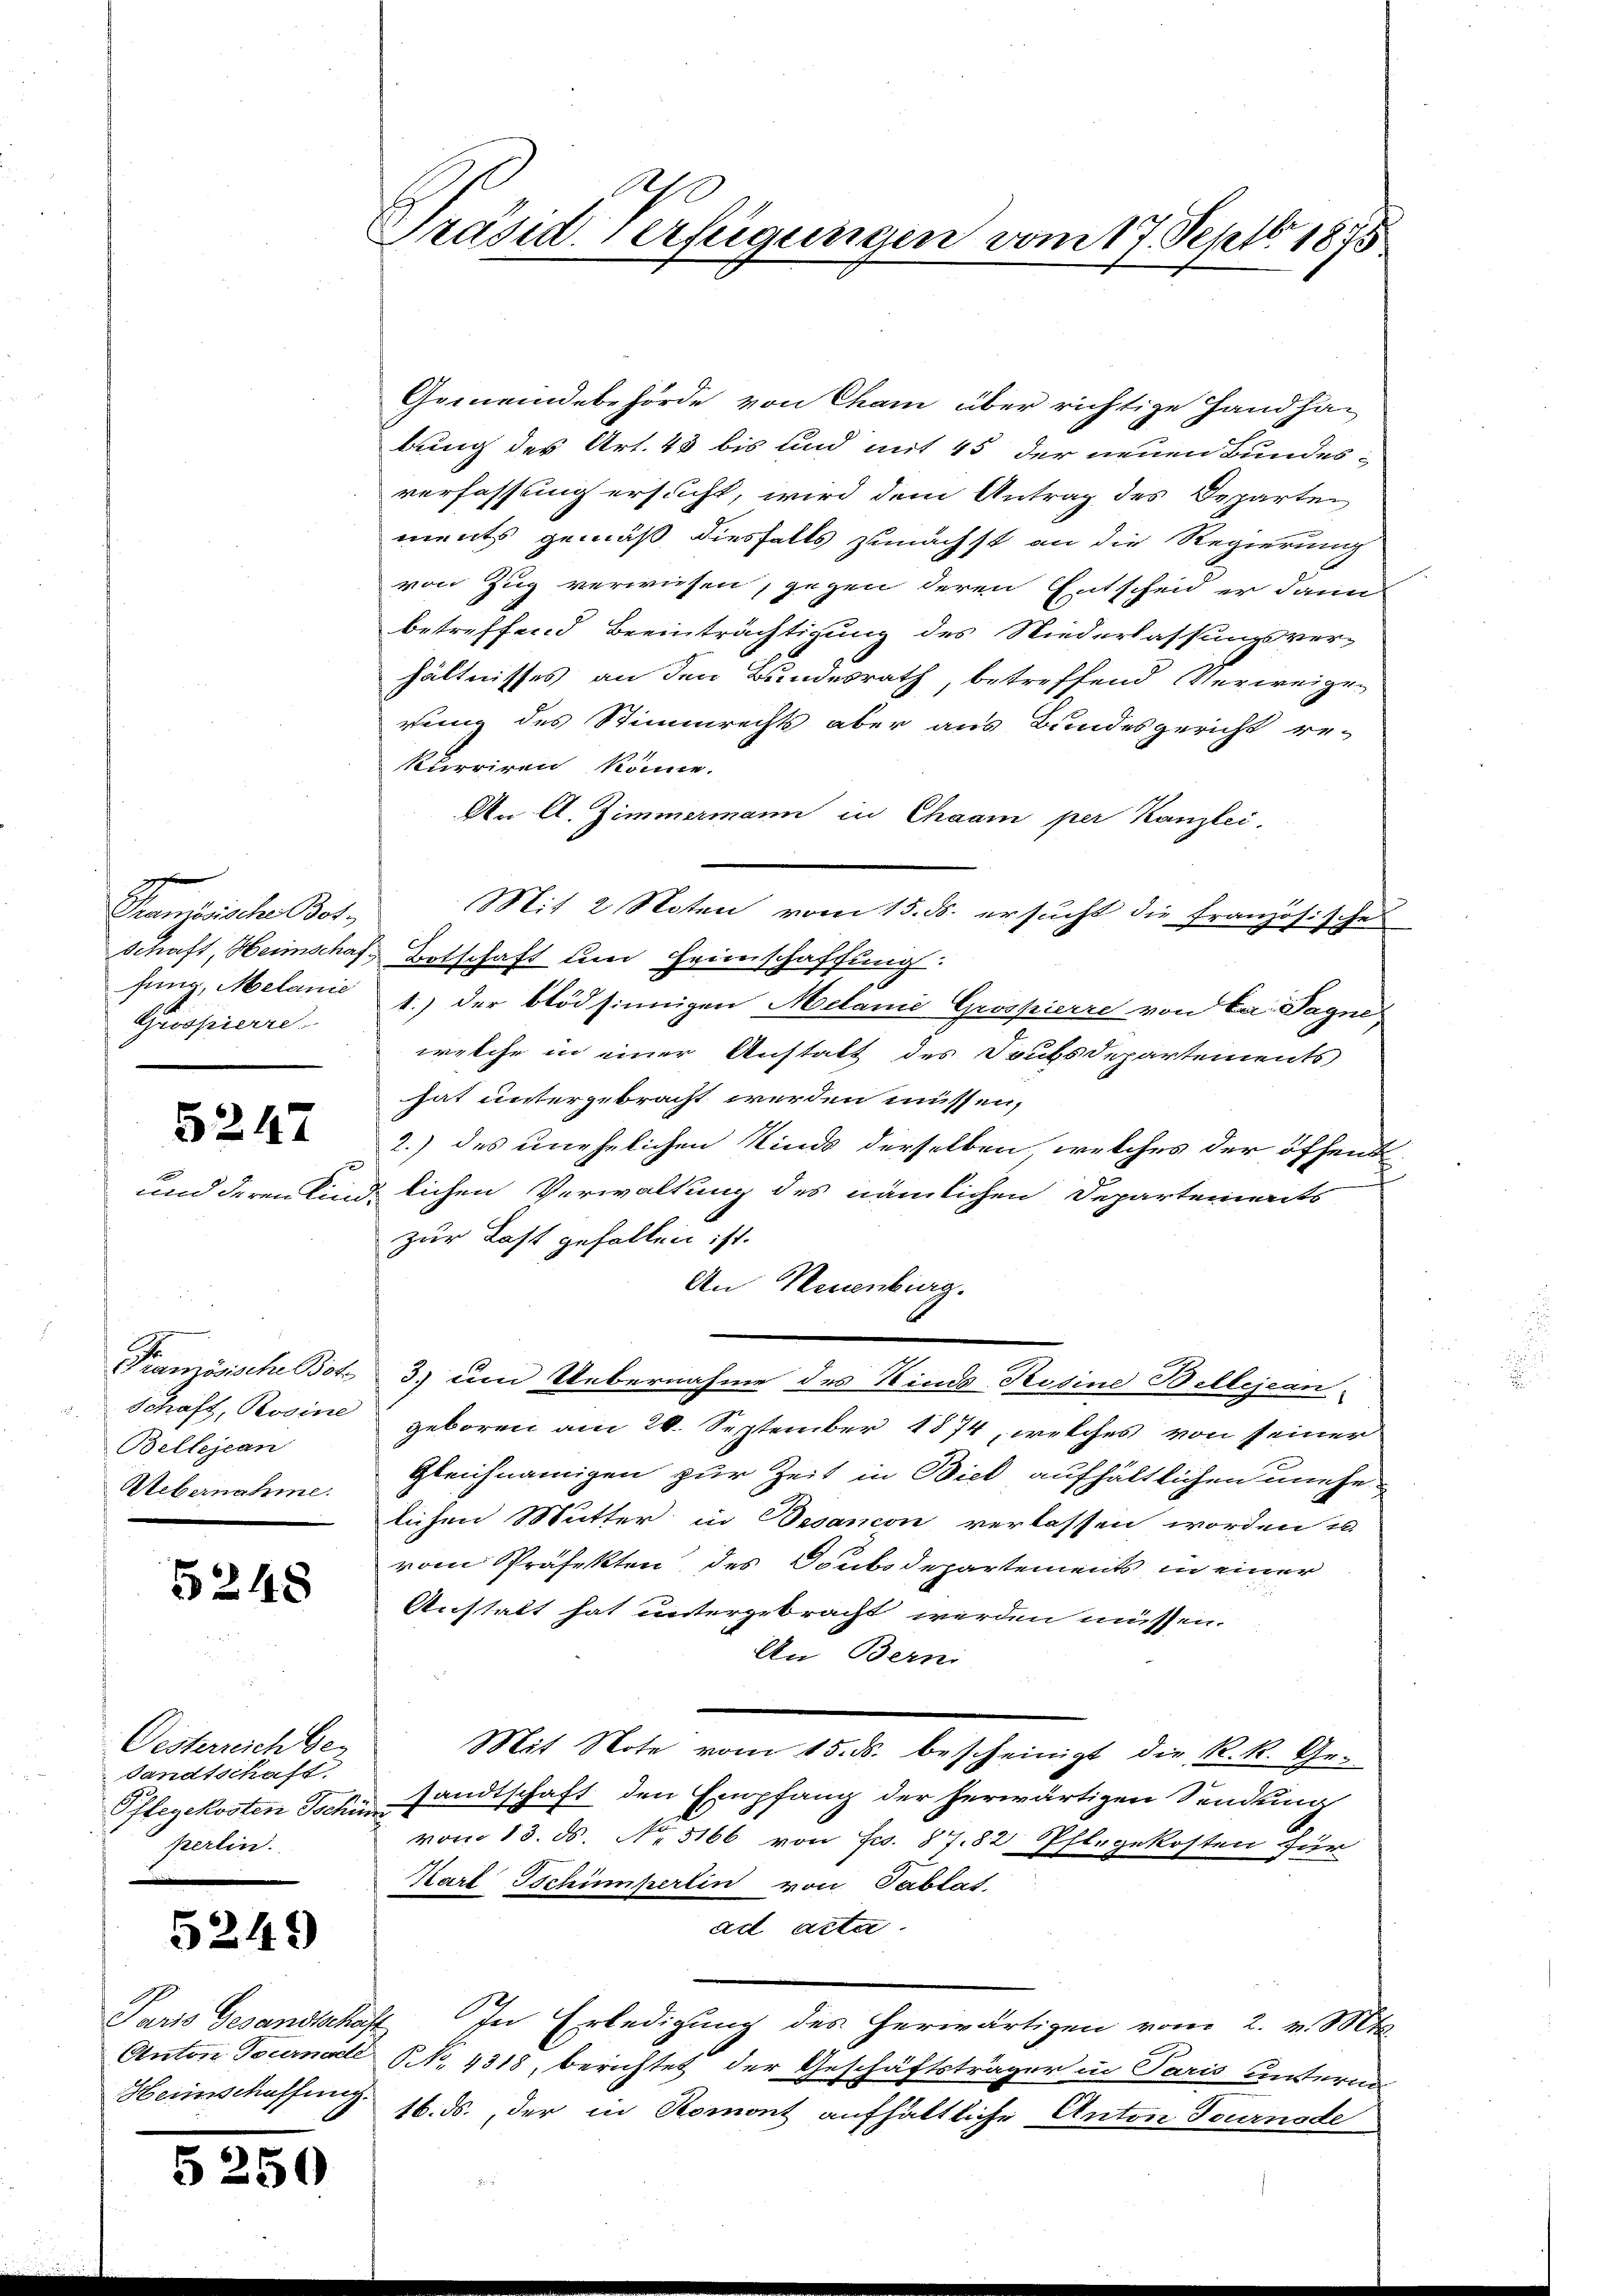
Französische Botfung, Melanie
Prosperre

5247
und deren Ein¬

Französische Bot
Bellejean
Uebernahme.

5248

Oesterreichber
sandtschaft.
Pflegekosten Joche
perlin.

5249

5250

Präsid. Verfügungen vom 17. Septbr 1875

Gemeindebehörde von Cham über richtige Handhabung des Art. 43 bis und mit 45 der neuen Bundes-
verfassung ersucht, wird dem Antrag des Departen
ments gemäß diesfalls zunächst an die Regierung
von Zug verwiesen, gegen deren Entscheid er dann
betreffend Beeinträchtigung des Niederlassungsver-
hältnisses an den Bundesrath, betreffend Verweigen
rung des Stimmrechts aber aus Bundesgericht re-
kurriren könne.
An A. Zimmermann in Chaam per Kanzlei,
Mit 2 Noten vom 15. ds. ersucht die französische
Schaft, Heimschaf Botschaft um Heimschaffung:
1.) der blödsinnigen Melanie Grospierre von Ca Sagne
welche in einer Anstalt des Doubsdepartements
hat untergebracht werden müssen,
2.) des unehelichen Kinds derselben, welches der öffent
lichen Verwaltung des nämlichen Departements
i
zur Last gefallen ist.
An Neuenburg.
3.) um Uebernahme des Kinds- Rosine Bellejean
Schaft, Rosine geboren am 20. September 1874, welches von seiner
Gleichnamigen zur Zeit in Biel aufhältlichen unehelichen Mutter in Decanon verlassen worden u
vom Präfekten des Doubsdepartements in einer
Anstalt hat untergebracht werden müssen.
An Berni
Mit Note vom 15. ds. bescheinigt die R. R. Ge-
sandtschaft den Empfang der herwärtigen Sendung
vom 13. ds. No. 5166 von Fr. 87.82 Pfl. gekosten für
Karl Tschumperlin von Tablat
ad acta.
Paris Gesandtschaft. In Erledigung des herwärtigen vom 2. v. Mts.
Anton Tournade NNo. 4318, berichtet der Geschäftsträger in Paris unterm
Heimschaffung 16. ds., der in Romont aufhältliche Anton Tournade